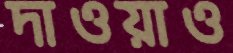
দাওয়াও